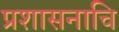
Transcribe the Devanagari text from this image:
प्रशासनाचि